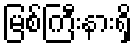
မြစ်ကြီးနားရှိ